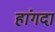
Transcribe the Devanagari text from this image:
हांगदा